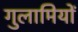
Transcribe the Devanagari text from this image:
गुलामियों